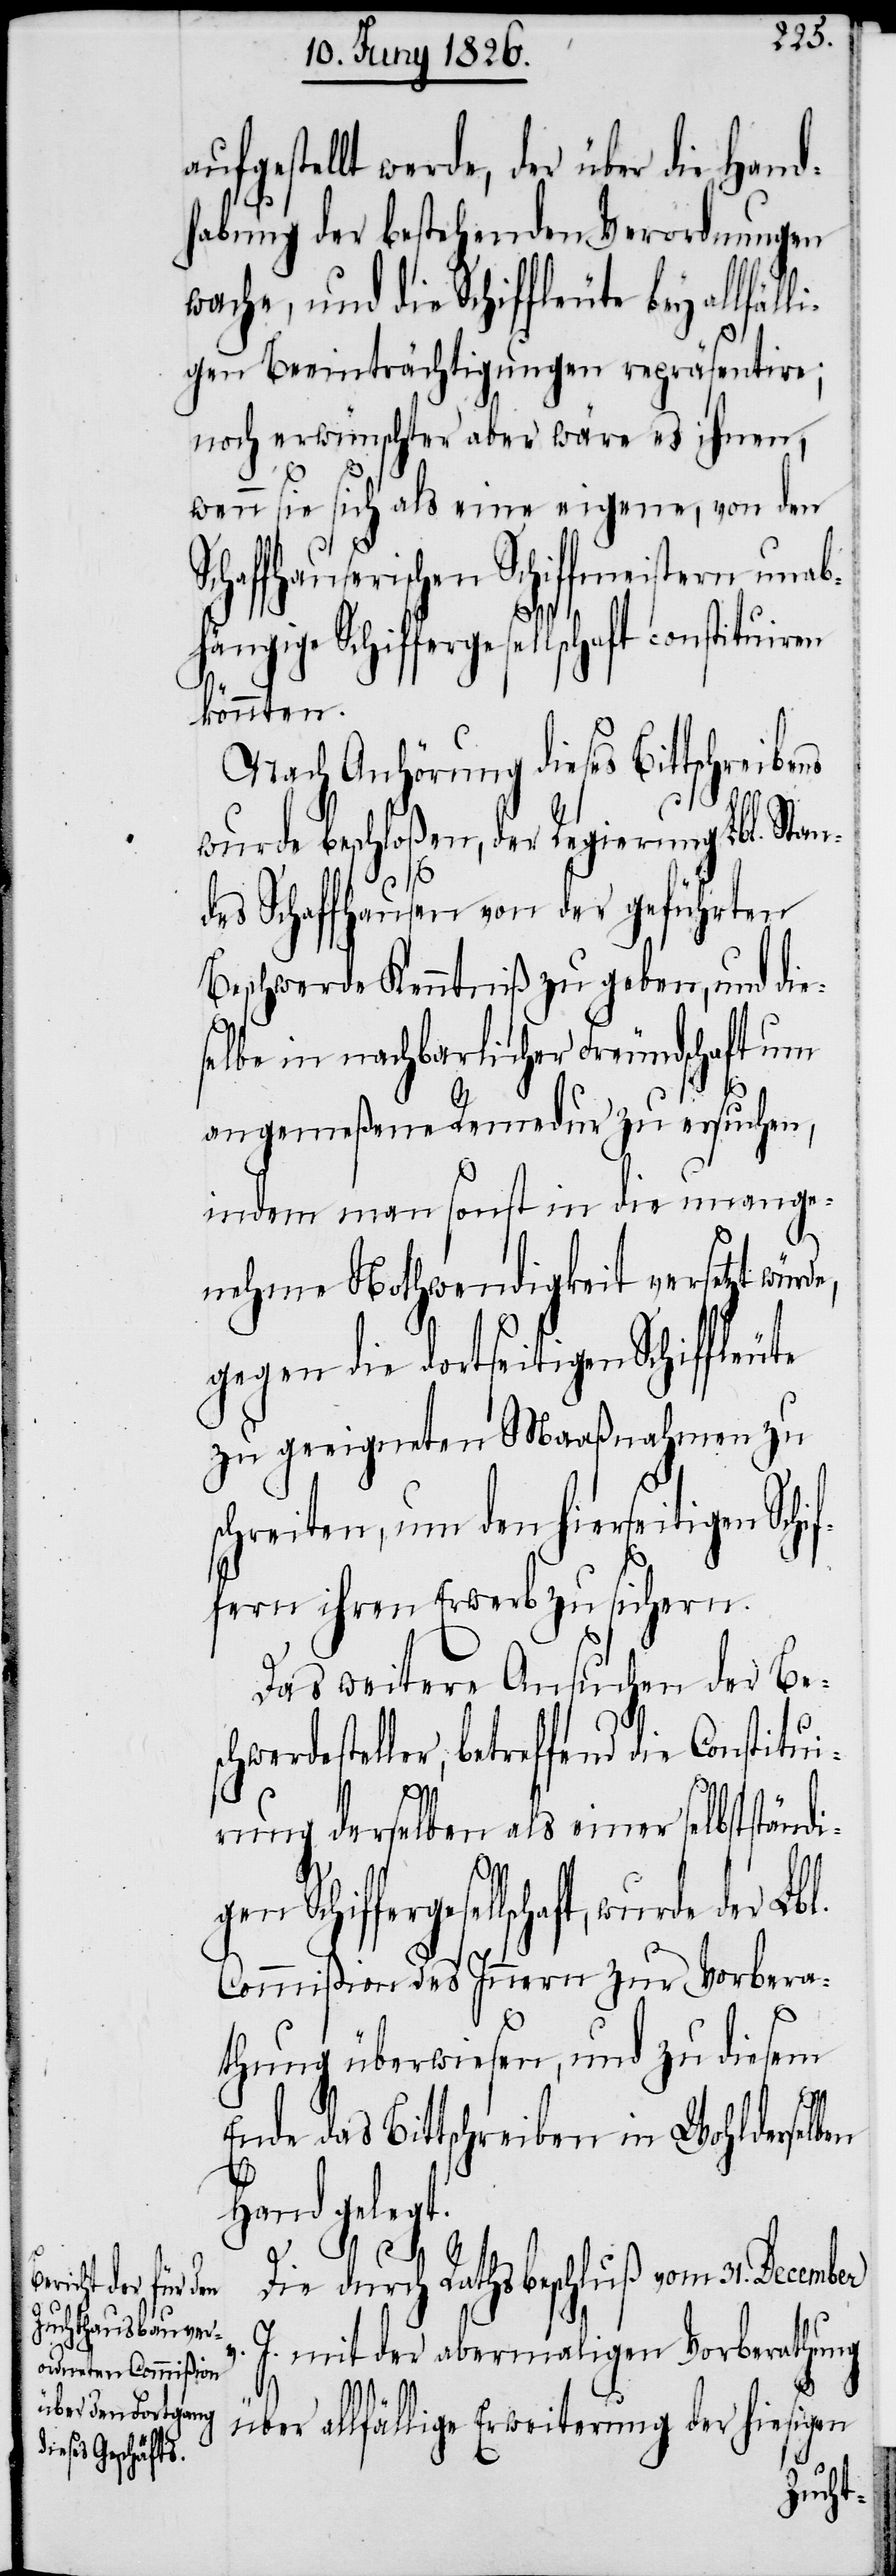
ufgestellt werde, der über die Hand¬
habung der bestehenden Verordnungen
wache, und die Schiffleute bey allfäl¬
ligen Beeinträchtigungen repräsentire;
noch erwünschter aber wäre es ihnen,
wenn sie sich als eine eigene, von dem
haffhauserischen Schiffmeistern unab¬
hängige Schiffergesellschaft constituiren
v.
könnten.
Nach Anhörung dieses Bittschreiben
wurde beschloßen, der Regierung Lbl. Sta¬
des Schaffhausen von der geführten
Beschwerde Kenntniß zu geben, und die¬
selbe in nachbarlicher Freundschaft um
er
angemeßene Remedur zu ersuchen,
indem man sonst in die unange¬
nehme Nothwendigkeit versetzt wür¬
gegen die dortseitigen Schiffleute
zu geeigneten Maaßnahmen zu
schreiten, um den hierseitigen Schi¬
ffern ihren Erwerb zu sichern.
Das weitere Ansuchen der Be¬
hwerdestellter betreffend die Constitu¬
rung derselben als einer selbständi¬
gen Schiffergesellschaft, wurde d¬
Commißion des Innern zur Vorbera¬
thung überwiesen, und zu diesem
Lbl.
Ende das Bittschreiben in Wohlderselben
Hand gelegt.
sc¬
Die durch Rathsbeschluß vom 31. December
J. mit der abermaligen Vorberathung
über allfällige Erweiterung der hiesigen